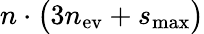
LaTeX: n\cdot\big(3n_{\mathrm{ev}}+s_{\mathrm{max}}\big)